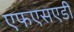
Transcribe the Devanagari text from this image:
एफएसएडी